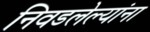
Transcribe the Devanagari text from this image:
निवडलेल्यांना